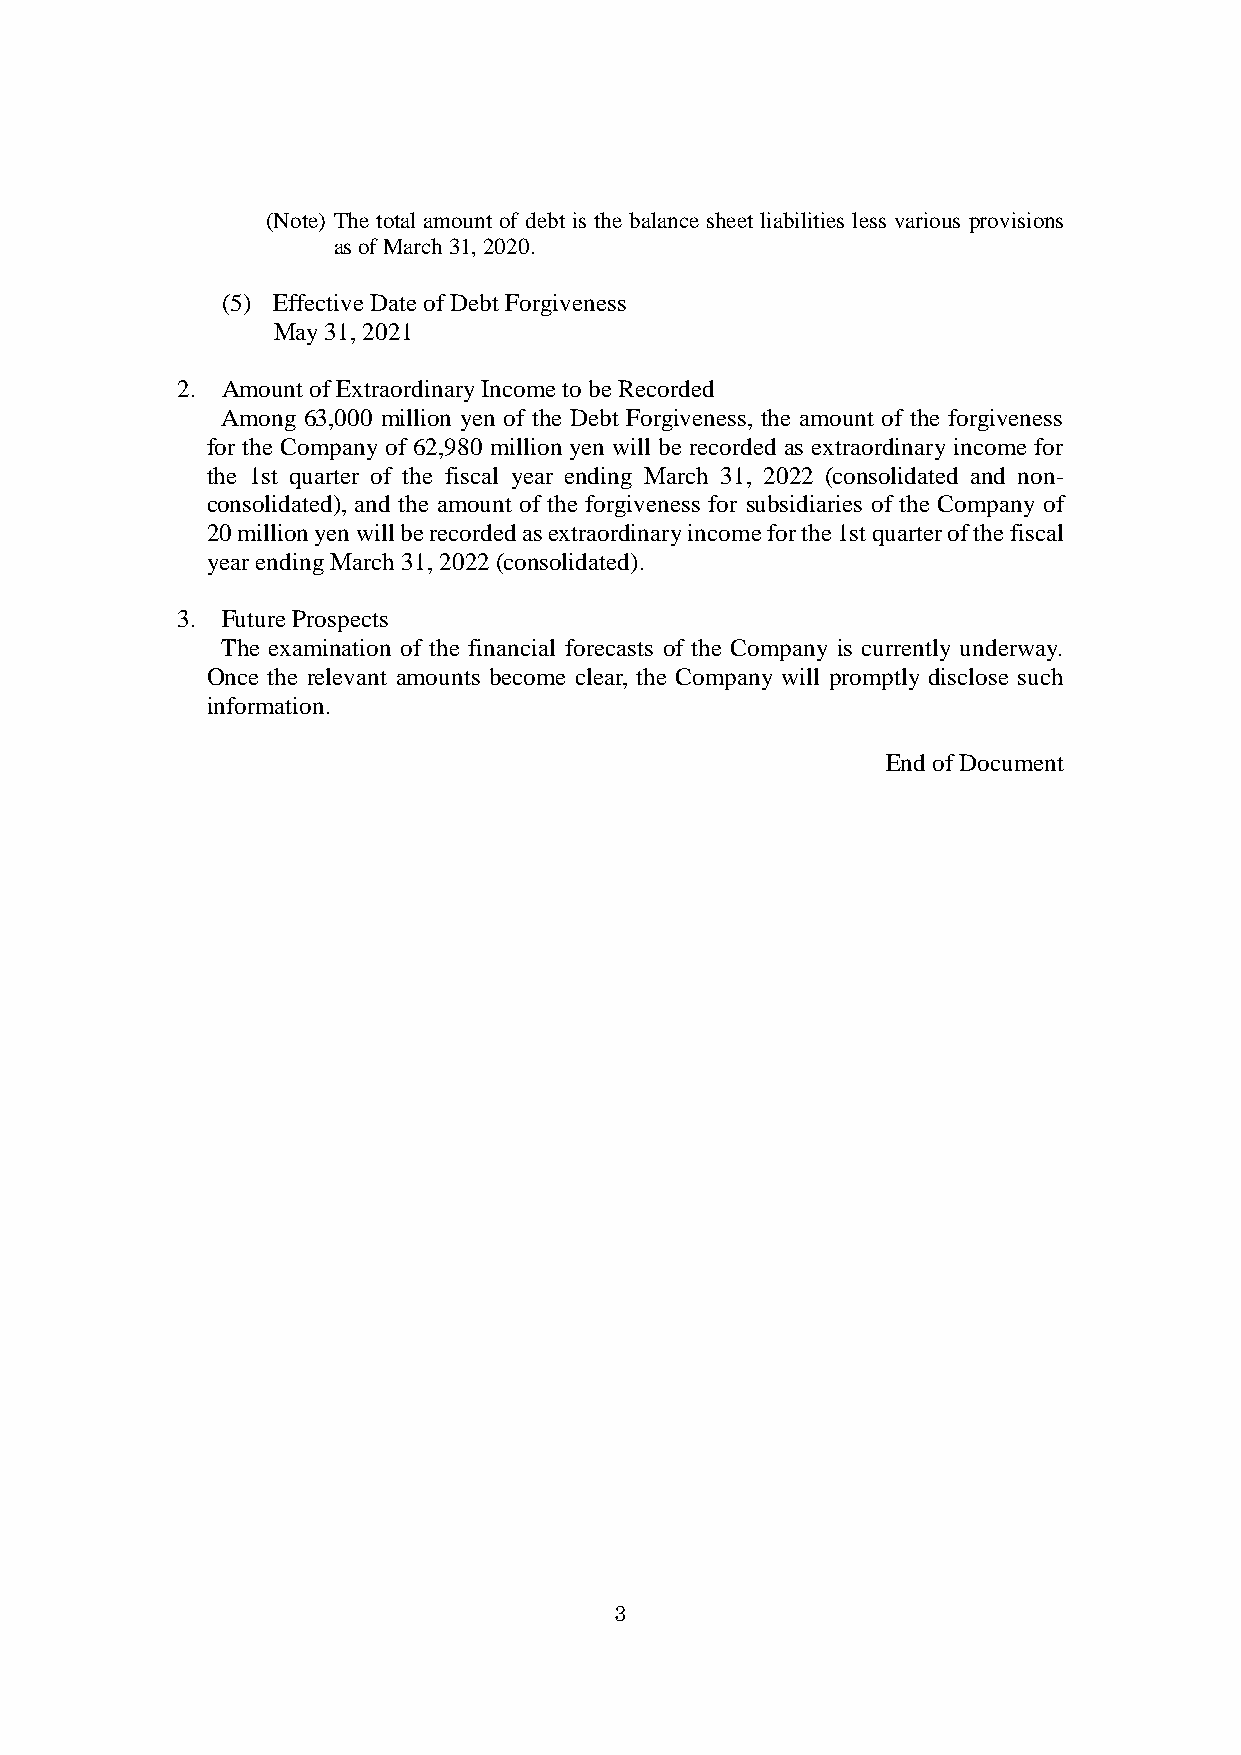
(Note) The total amount of debt is the balance sheet liabilities less various provisions
 as of March 31, 2020.
 (5) Effective Date of Debt Forgiveness
 May 31, 2021
 2. Amount of Extraordinary Income to be Recorded
 Among 63,000 million yen of the Debt Forgiveness, the amount of the forgiveness
 for the Company of 62,980 million yen will be recorded as extraordinary income for
 the 1st quarter of the fiscal year ending March 31, 2022 (consolidated and non-
 consolidated), and the amount of the forgiveness for subsidiaries of the Company of
 20 million yen will be recorded as extraordinary income for the 1st quarter of the fiscal
 year ending March 31, 2022 (consolidated).
 3. Future Prospects
 The examination of the financial forecasts of the Company is currently underway.
 Once the relevant amounts become clear, the Company will promptly disclose such
 information.
 End of Document
 3